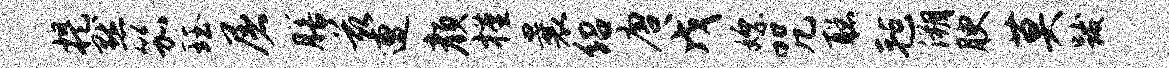
提默笳珏屠膳兹遭颜槿曩绍唐戊嫖咒聪毡溯腴莫跋